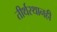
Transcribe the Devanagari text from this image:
तीर्थस्थानही